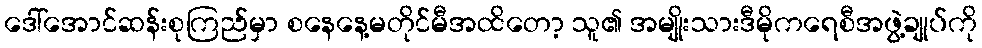
ဒေါ်အောင်ဆန်းစုကြည်မှာ စနေနေ့မတိုင်မီအထိတော့ သူ၏ အမျိုးသားဒီမိုကရေစီအဖွဲ့ချုပ်ကို